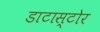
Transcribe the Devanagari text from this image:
डाटास्टोर